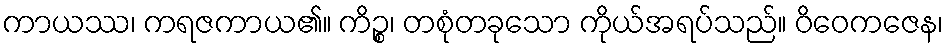
ကာယဿ၊ ကရဇကာယ၏။ ကိဉ္စ၊ တစုံတခုသော ကိုယ်အရပ်သည်။ ဝိဝေကဇေန၊